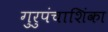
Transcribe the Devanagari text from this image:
गुरुपंचाशिंका